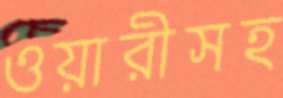
ওয়ারীসহ